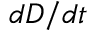
d D / d t